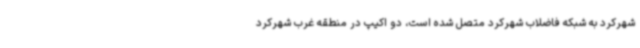
شهرکرد به شبکه فاضلاب شهرکرد متصل شده است، دو اکیپ در منطقه غرب شهرکرد